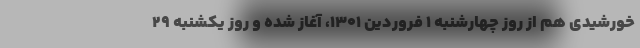
خورشیدی هم از روز چهارشنبه ۱ فروردین ۱۳۰۱، آغاز شده و روز یکشنبه ۲۹